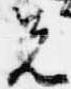
先